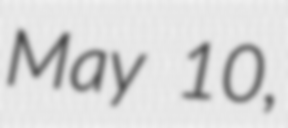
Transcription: May 10,